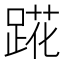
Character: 𬦷